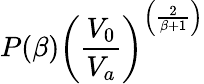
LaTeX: P(\beta)\left(\frac{V_{0}}{V_{a}}\right)^{\left(\frac{2}{\beta+1}\right)}